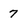
Character: 7